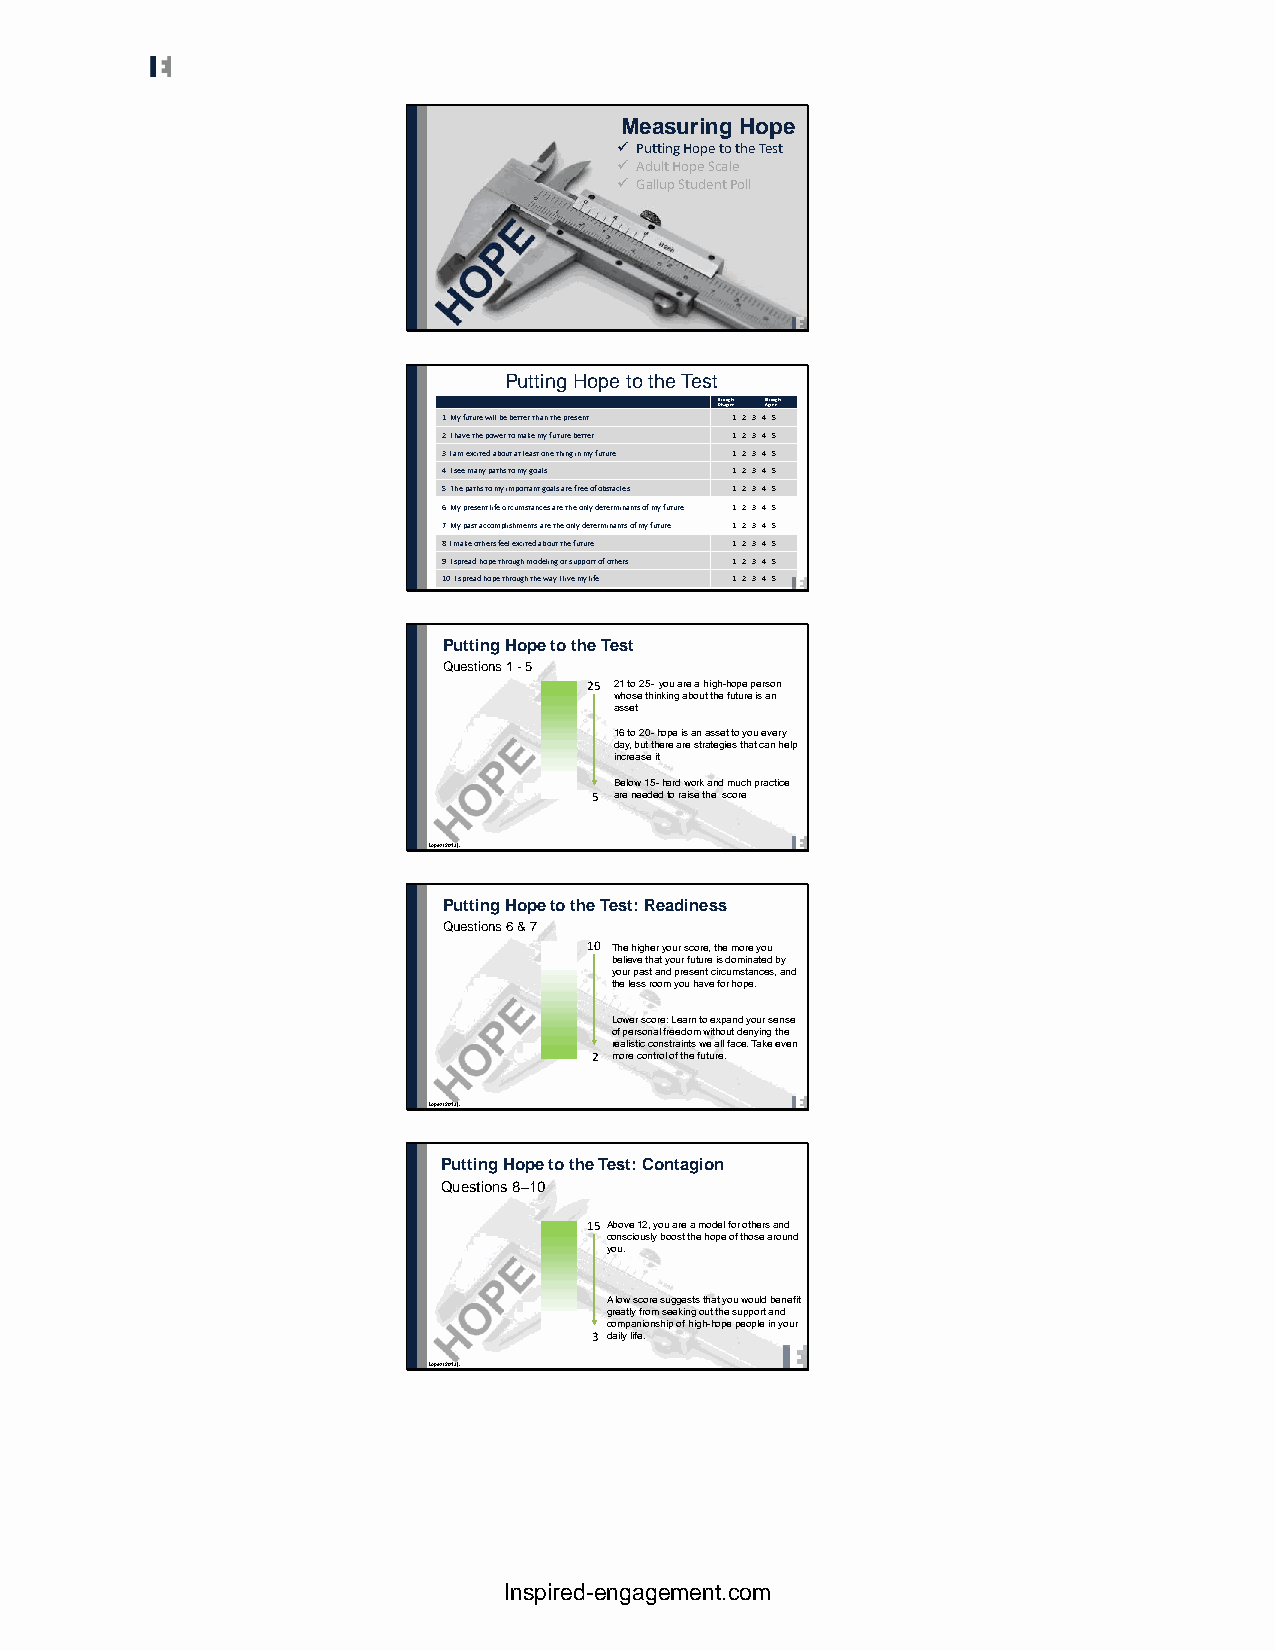
Measuring Hope
 ✓ Putting Hope to the Test
 ✓ Adult Hope Scale
 ✓ Gallup Student Poll
 Putting Hope to the Test
 SDtirsoangrgelye SAtgrorenegly
 1. My future will be better than the present. 1 2 3 4 5
 2. I have the power to make my future better. 1 2 3 4 5
 3. I am excited about at least one thing in my future. 1 2 3 4 5
 4. I see many paths to my goals. 1 2 3 4 5
 5. The paths to my important goals are free of obstacles. 1 2 3 4 5
 6. My present life circumstances are the only determinants of my future. 1 2 3 4 5
 7. My past accomplishments are the only determinants of my future. 1 2 3 4 5
 8. I make others feel excited about the future. 1 2 3 4 5
 9. I spread hope through modeling or support of others. 1 2 3 4 5
 10. I spread hope through the way I live my life. 1 2 3 4 5
 Putting Hope to the Test
 Questions 1 -5
 25 21 to 25-you are a high-hope person
 whose thinking about the future is an
 asset
 16 to 20-hope is an asset to you every
 day, but there are strategies that can help
 increase it
 Below 15-hard work and much practice
 5 are needed to raise the score
 Lopez (2013).
 Putting Hope to the Test: Readiness
 Questions 6 & 7
 10 The higher your score, the more you
 believe that your future is dominated by
 your past and present circumstances, and
 the less room you have for hope.
 Lower score: Learn to expand your sense
 of personal freedom without denying the
 realistic constraints we all face. Take even
 2 more control of the future.
 Lopez (2013).
 Putting Hope to the Test: Contagion
 Questions 8–10
 15Above 12, you are a model for others and
 consciously boost the hope of those around
 you.
 A low score suggests that you would benefit
 greatly from seeking out the support and
 companionship of high-hope people in your
 3 daily life.
 Lopez (2013).
 Inspired-engagement.com